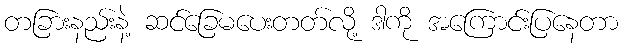
တခြားနည်းနဲ့ ဆင်ခြေမပေးတတ်လို့ ဒါကို အကြောင်းပြနေတာ